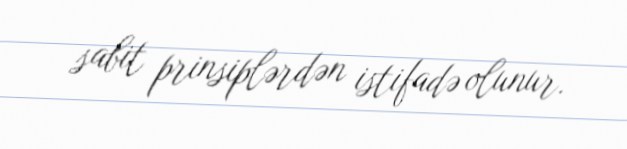
sabit prinsiplərdən istifadə olunur.